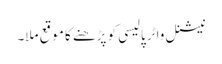
نیشنل واٹر پالیسی کو پڑھنے کا موقع ملا۔